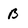
Character: B